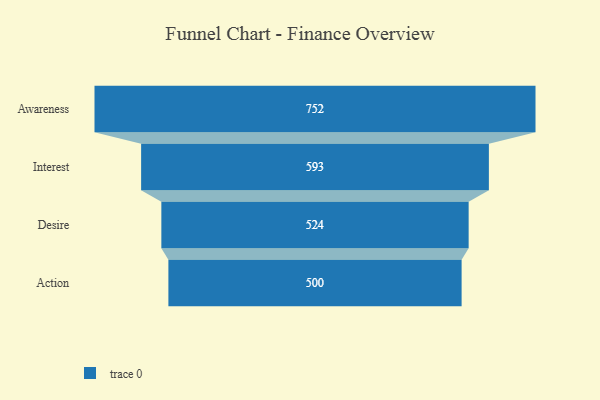
{"axis": {"x": "Stage", "y": "Value"}, "legend": [""], "data": [{"x": "Awareness", "y": 752.0, "type": ""}, {"x": "Interest", "y": 593.0, "type": ""}, {"x": "Desire", "y": 524.0, "type": ""}, {"x": "Action", "y": 500, "type": ""}]}